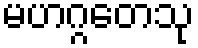
မဟဂ္ဂတေသု